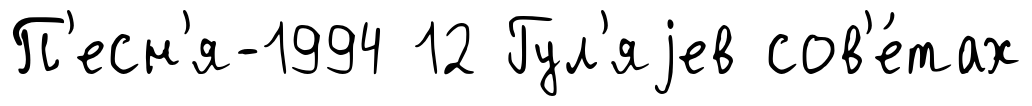
П'есн'я-1994 12 Гул'яjев сов'е́тах